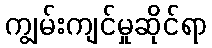
ကျွမ်းကျင်မှုဆိုင်ရာ